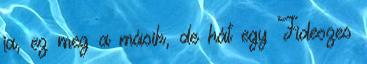
ja, ez meg a másik, de hát egy Fideszes